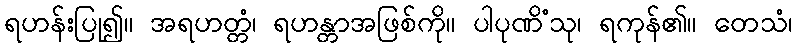
ရဟန်းပြု၍။ အရဟတ္တံ၊ ရဟန္တာအဖြစ်ကို။ ပါပုဏိံသု၊ ရကုန်၏။ တေသံ၊